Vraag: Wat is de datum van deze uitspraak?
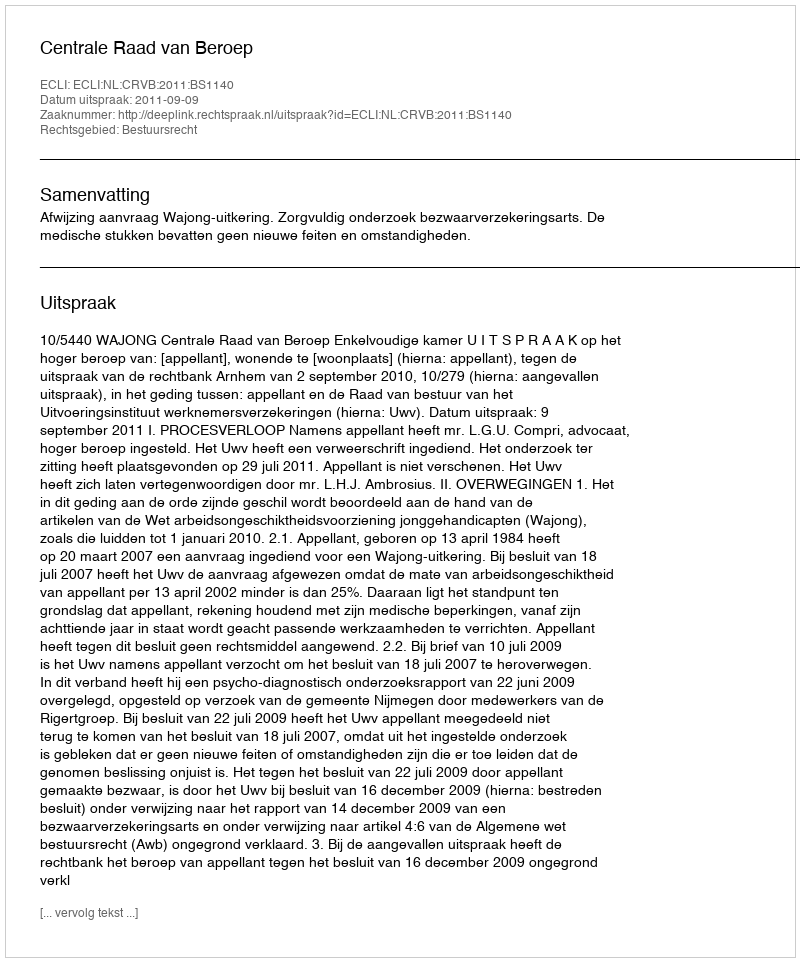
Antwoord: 2011-09-09